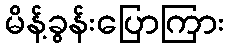
မိန့်ခွန်းပြောကြား